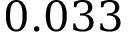
0 . 0 3 3